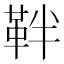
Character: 靽